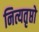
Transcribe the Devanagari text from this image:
नित्यतृप्तो